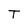
Character: T